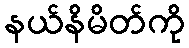
နယ်နိမိတ်ကို